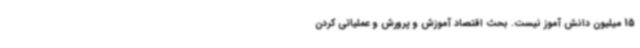
15 میلیون دانش آموز نیست. بحث اقتصاد آموزش و پرورش و عملیاتی کردن